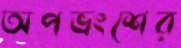
অপভ্রংশের